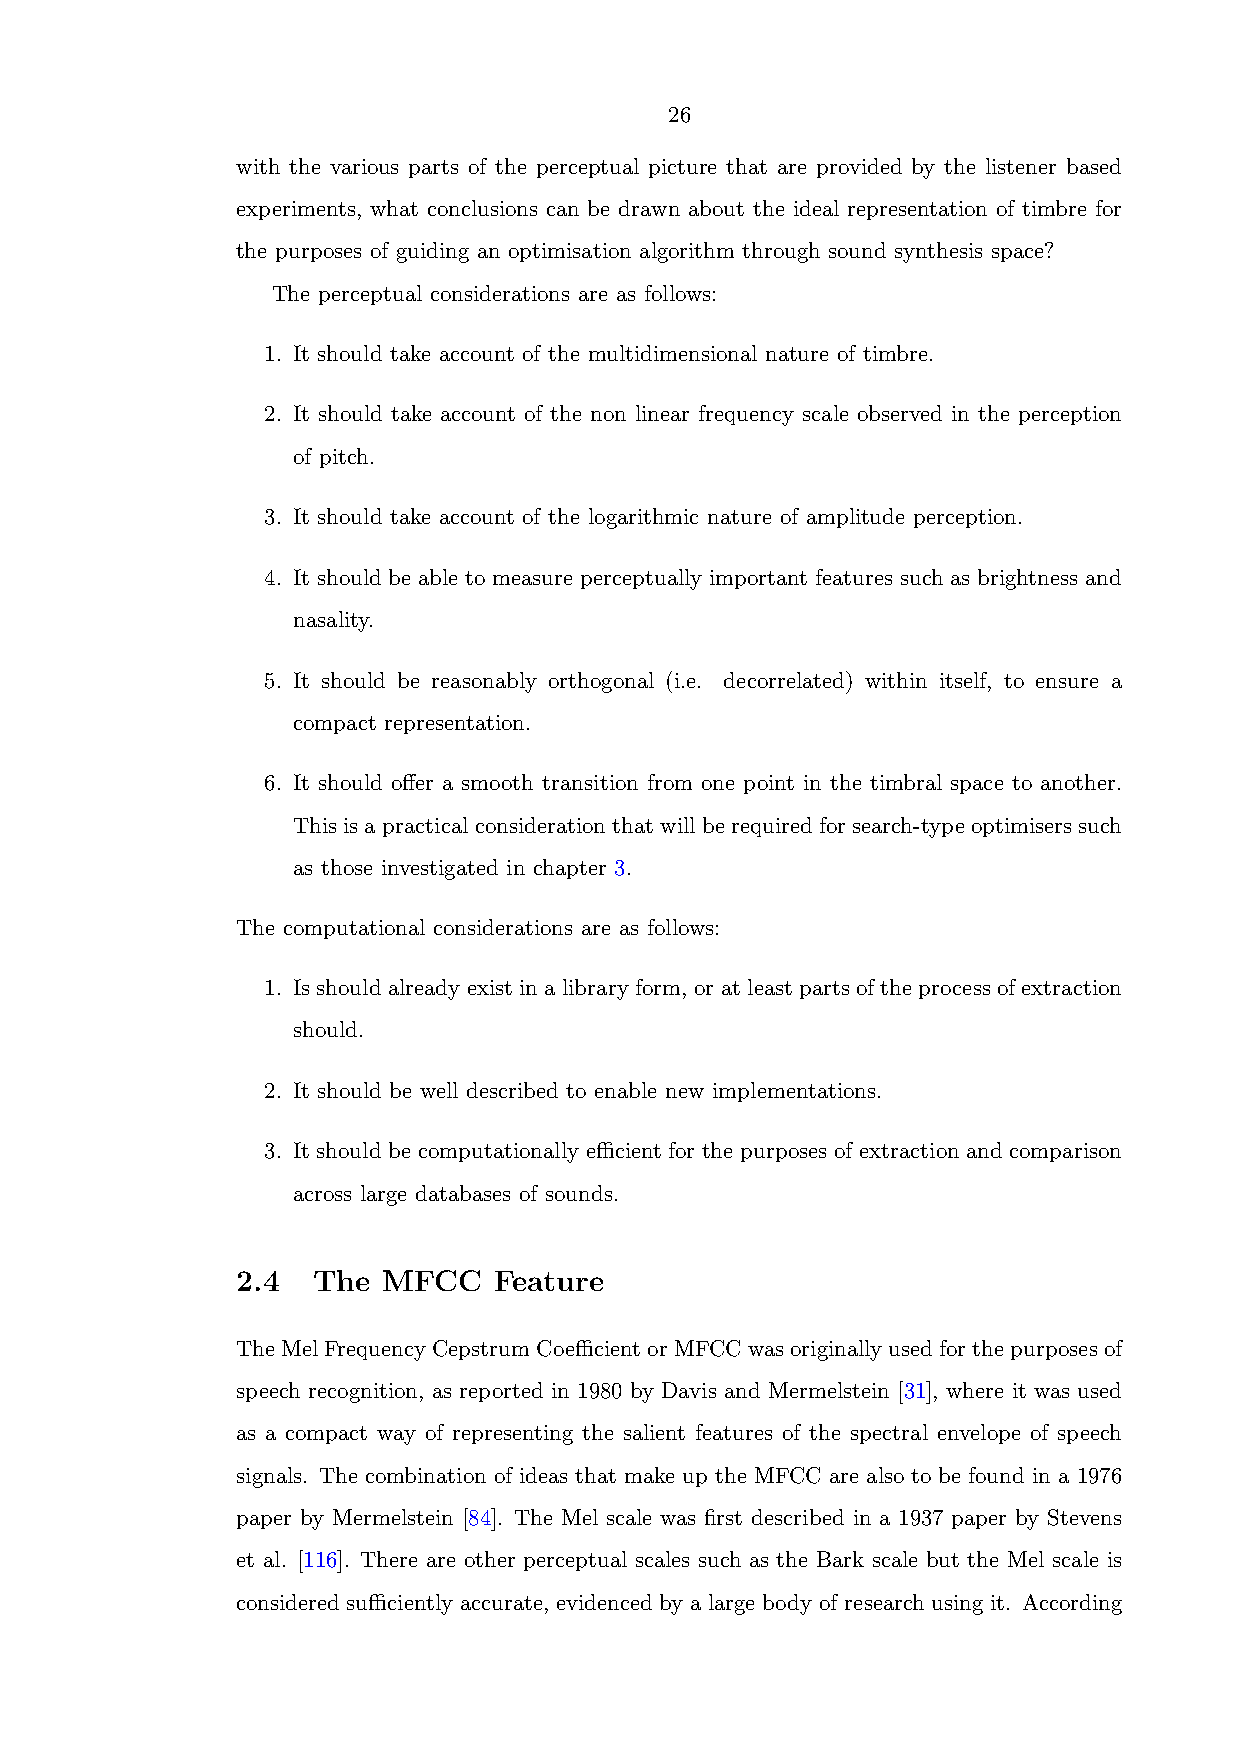
26
 with the various parts of the perceptual picture that are provided by the listener based
 experiments, what conclusions can be drawn about the ideal representation of timbre for
 the purposes of guiding an optimisation algorithm through sound synthesis space?
 The perceptual considerations are as follows:
 1. It should take account of the multidimensional nature of timbre.
 2. It should take account of the non linear frequency scale observed in the perception
 of pitch.
 3. It should take account of the logarithmic nature of amplitude perception.
 4. It should be able to measure perceptually important features such as brightness and
 nasality.
 5. It should be reasonably orthogonal (i.e. decorrelated) within itself, to ensure a
 compact representation.
 6. It should offer a smooth transition from one point in the timbral space to another.
 Thisisapracticalconsiderationthatwillberequiredforsearch-typeoptimiserssuch
 as those investigated in chapter 3.
 The computational considerations are as follows:
 1. Is should already exist in a library form, or at least parts of the process of extraction
 should.
 2. It should be well described to enable new implementations.
 3. It should be computationally efficient for the purposes of extraction and comparison
 across large databases of sounds.
 2.4  The MFCC    Feature
 TheMelFrequencyCepstrumCoefficientorMFCCwasoriginallyusedforthepurposesof
 speech recognition, as reported in 1980 by Davis and Mermelstein [31], where it was used
 as a compact way of representing the salient features of the spectral envelope of speech
 signals. The combination of ideas that make up the MFCC are also to be found in a 1976
 paper by Mermelstein [84]. The Mel scale was first described in a 1937 paper by Stevens
 et al. [116]. There are other perceptual scales such as the Bark scale but the Mel scale is
 considered sufficiently accurate, evidenced by a large body of research using it. According